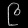
Digit: ၉